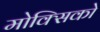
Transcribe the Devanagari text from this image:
मोक्सिको